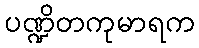
ပဏ္ဍိတကုမာရက